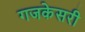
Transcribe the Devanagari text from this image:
गजकेसरी